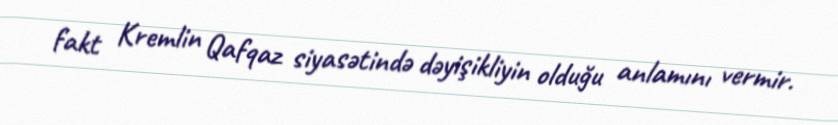
fakt Kremlin Qafqaz siyasətində dəyişikliyin olduğu anlamını vermir.